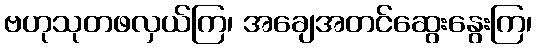
ဗဟုသုတဖလှယ်ကြ၊ အချေအတင်ဆွေးနွေးကြ၊